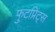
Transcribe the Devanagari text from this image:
फुटप्रिंट्स